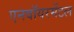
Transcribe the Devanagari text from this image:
एनवॉयरमेंटल